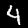
Digit: 4